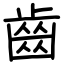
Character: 齒